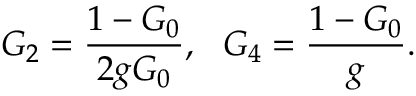
{ \cal G } _ { 2 } = \frac { 1 - { \cal G } _ { 0 } } { 2 g { \cal G } _ { 0 } } , ~ ~ { \cal G } _ { 4 } = \frac { 1 - { \cal G } _ { 0 } } { g } .